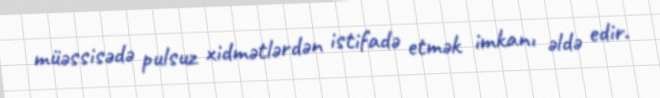
müəssisədə pulsuz xidmətlərdən istifadə etmək imkanı əldə edir.